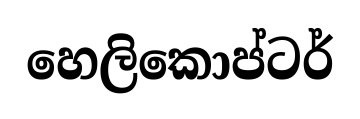
හෙලිකොප්ටර්